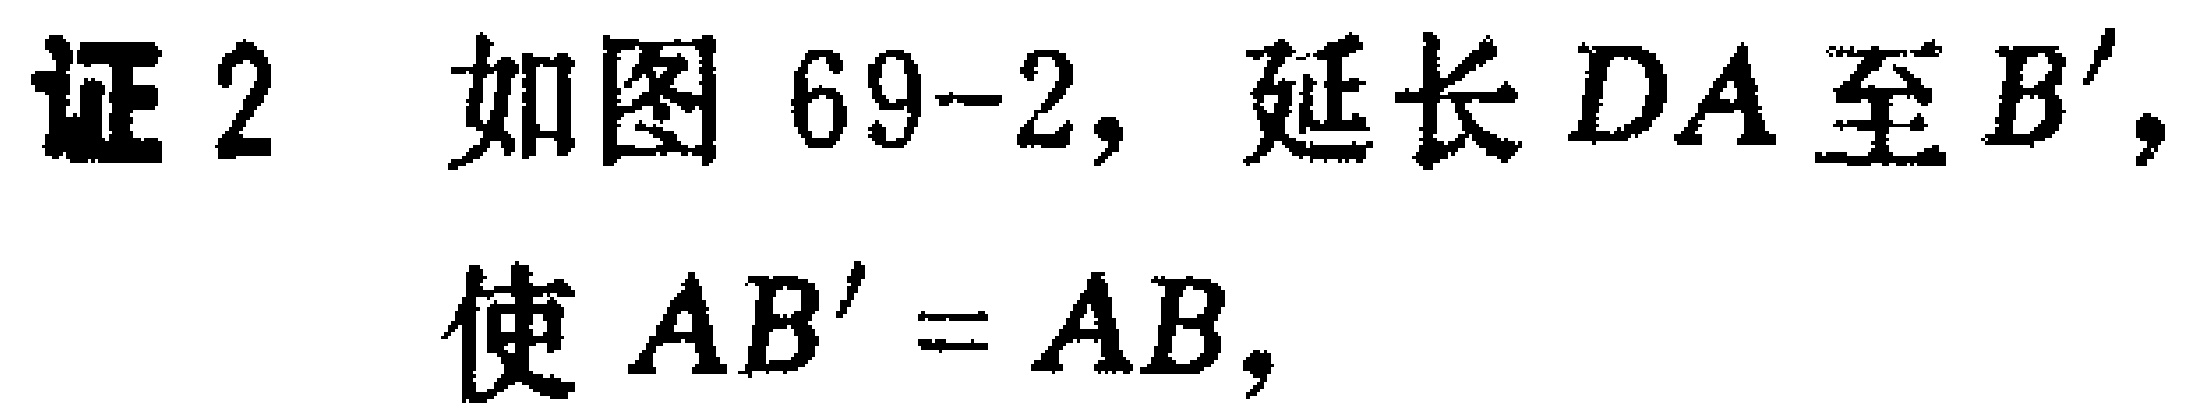
证 2 如图 69-2, 延长 \(DA\) 至 \(B'\), 使 \(AB' = AB\),